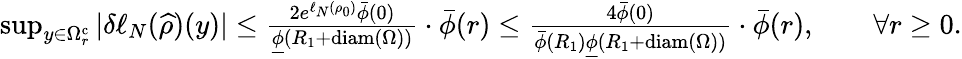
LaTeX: \begin{array}{r}{\operatorname*{sup}_{y\in\Omega_{r}^{\mathrm{c}}}|\delta\ell_{N}(\widehat{\rho})(y)|\leq\frac{2e^{\ell_{N}(\rho_{0})}\bar{\phi}(0)}{\underline{{\phi}}(R_{1}+\mathrm{diam}(\Omega))}\cdot\bar{\phi}(r)\leq\frac{4\bar{\phi}(0)}{\bar{\phi}(R_{1})\underline{{\phi}}(R_{1}+\mathrm{diam}(\Omega))}\cdot\bar{\phi}(r),\qquad\forall r\geq 0.}\end{array}